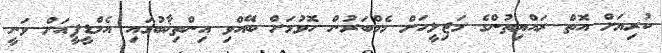
ކުރިޔަށް އޮތް ރައްޔިތުންގެ މަޖިލީހަށް މެމްބަރުން ހޮވުމަށް ބޭއްވި އިންތިޚާބުގައި އެމްޑީޕީއަށް ވަނީ